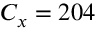
C _ { x } = 2 0 4